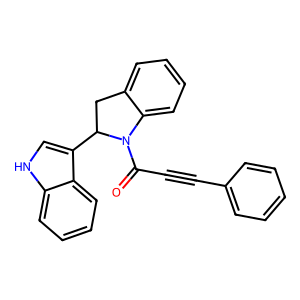
SMILES: O=C(C#Cc1ccccc1)N1c2ccccc2CC1c1c[nH]c2ccccc12
Inhibits HIV replication: No